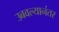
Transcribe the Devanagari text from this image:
उबवल्यानंतर